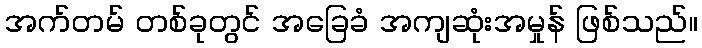
အက်တမ် တစ်ခုတွင် အခြေခံ အကျဆုံးအမှုန် ဖြစ်သည်။